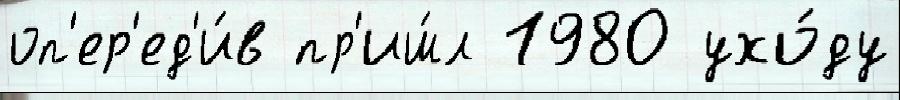
оп'ер'ед'и́в пр'иш́л 1980 ухо́ду